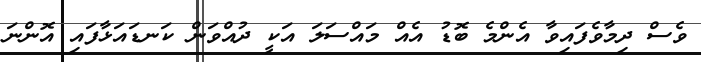
ވެސް ދިމާވެފައިވާ އެންމެ ބޮޑު އެއް މައްސަލަ އަކީ ދުއްވަން ކަނޑައަޅާފައި އޮންނަ